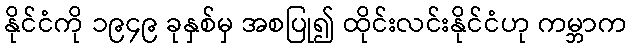
နိုင်ငံကို ၁၉၄၉ ခုနှစ်မှ အစပြု၍ ထိုင်းလင်းနိုင်ငံဟု ကမ္ဘာက